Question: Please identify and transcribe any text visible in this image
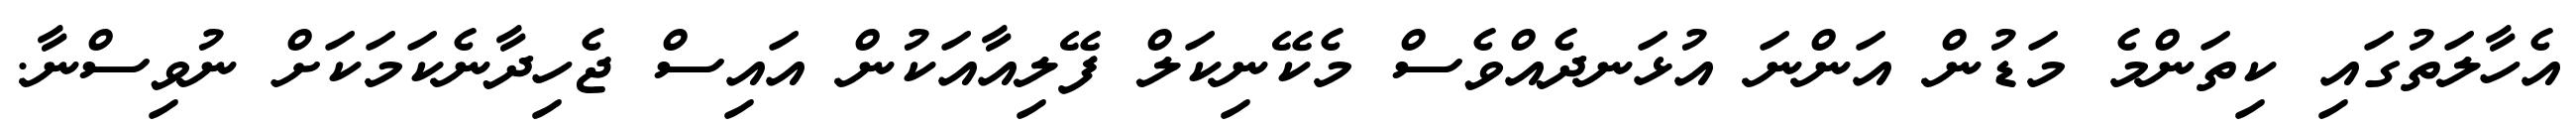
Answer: އެހާލަތުގައި ކިތަންމެ މަޑުން އަންނަ އުޅަނދެއްވެސް މެކޭނިކަލް ފޭލިއާއަކުން އައިސް ޖެހިދާނެކަމަކަށް ނުވިސްނާ.